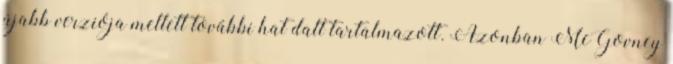
újabb verziója mellett további hat dalt tartalmazott. Azonban McGovney